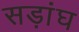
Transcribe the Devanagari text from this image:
सड़ांघ